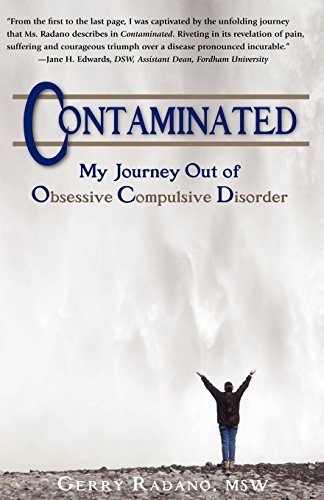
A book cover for Contaminated, My Journey Out of Obsessive Compulsive Disorder; Gerry MSW Radano; Health, Fitness & Dieting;